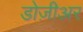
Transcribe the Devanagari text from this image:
डोज़ीअर